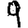
Digit: 9